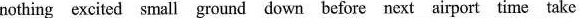
nothing excited small ground down before next airport time take